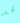
قد